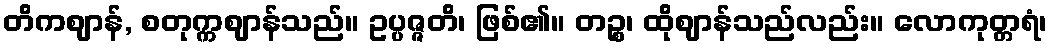
တိကဈာန်, စတုက္ကဈာန်သည်။ ဥပ္ပဇ္ဇတိ၊ ဖြစ်၏။ တဉ္စ၊ ထိုဈာန်သည်လည်း။ လောကုတ္တရံ၊